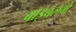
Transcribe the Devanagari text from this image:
बाइबलमें